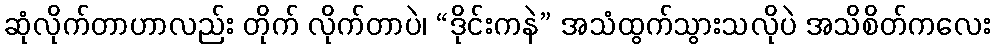
ဆုံလိုက်တာဟာလည်း တိုက် လိုက်တာပဲ၊ “ဒိုင်းကနဲ” အသံထွက်သွားသလိုပဲ အသိစိတ်ကလေး